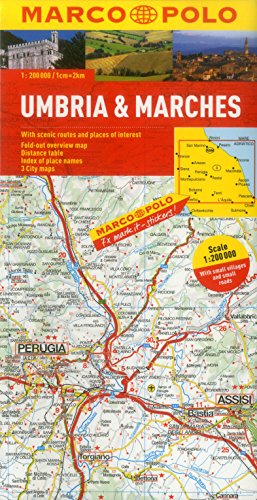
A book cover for Umbria And The Marches Marco Polo Map (Marco Polo Maps); Marco Polo Travel; Travel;